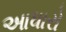
આધારો